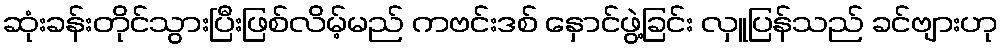
ဆုံးခန်းတိုင်သွားပြီးဖြစ်လိမ့်မည် ကဗင်းဒစ် နှောင်ဖွဲ့ခြင်း လှူပြန်သည် ခင်ဗျားဟု